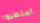
أستطيع